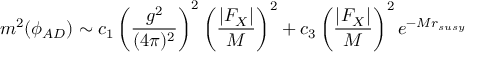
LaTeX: m ^ { 2 } ( \phi _ { A D } ) \sim c _ { 1 } \left( \frac { g ^ { 2 } } { ( 4 \pi ) ^ { 2 } } \right) ^ { 2 } \left( \frac { | F _ { X } | } { M } \right) ^ { 2 } + c _ { 3 } \left( \frac { | F _ { X } | } { M } \right) ^ { 2 } e ^ { - M r _ { s u s y } }